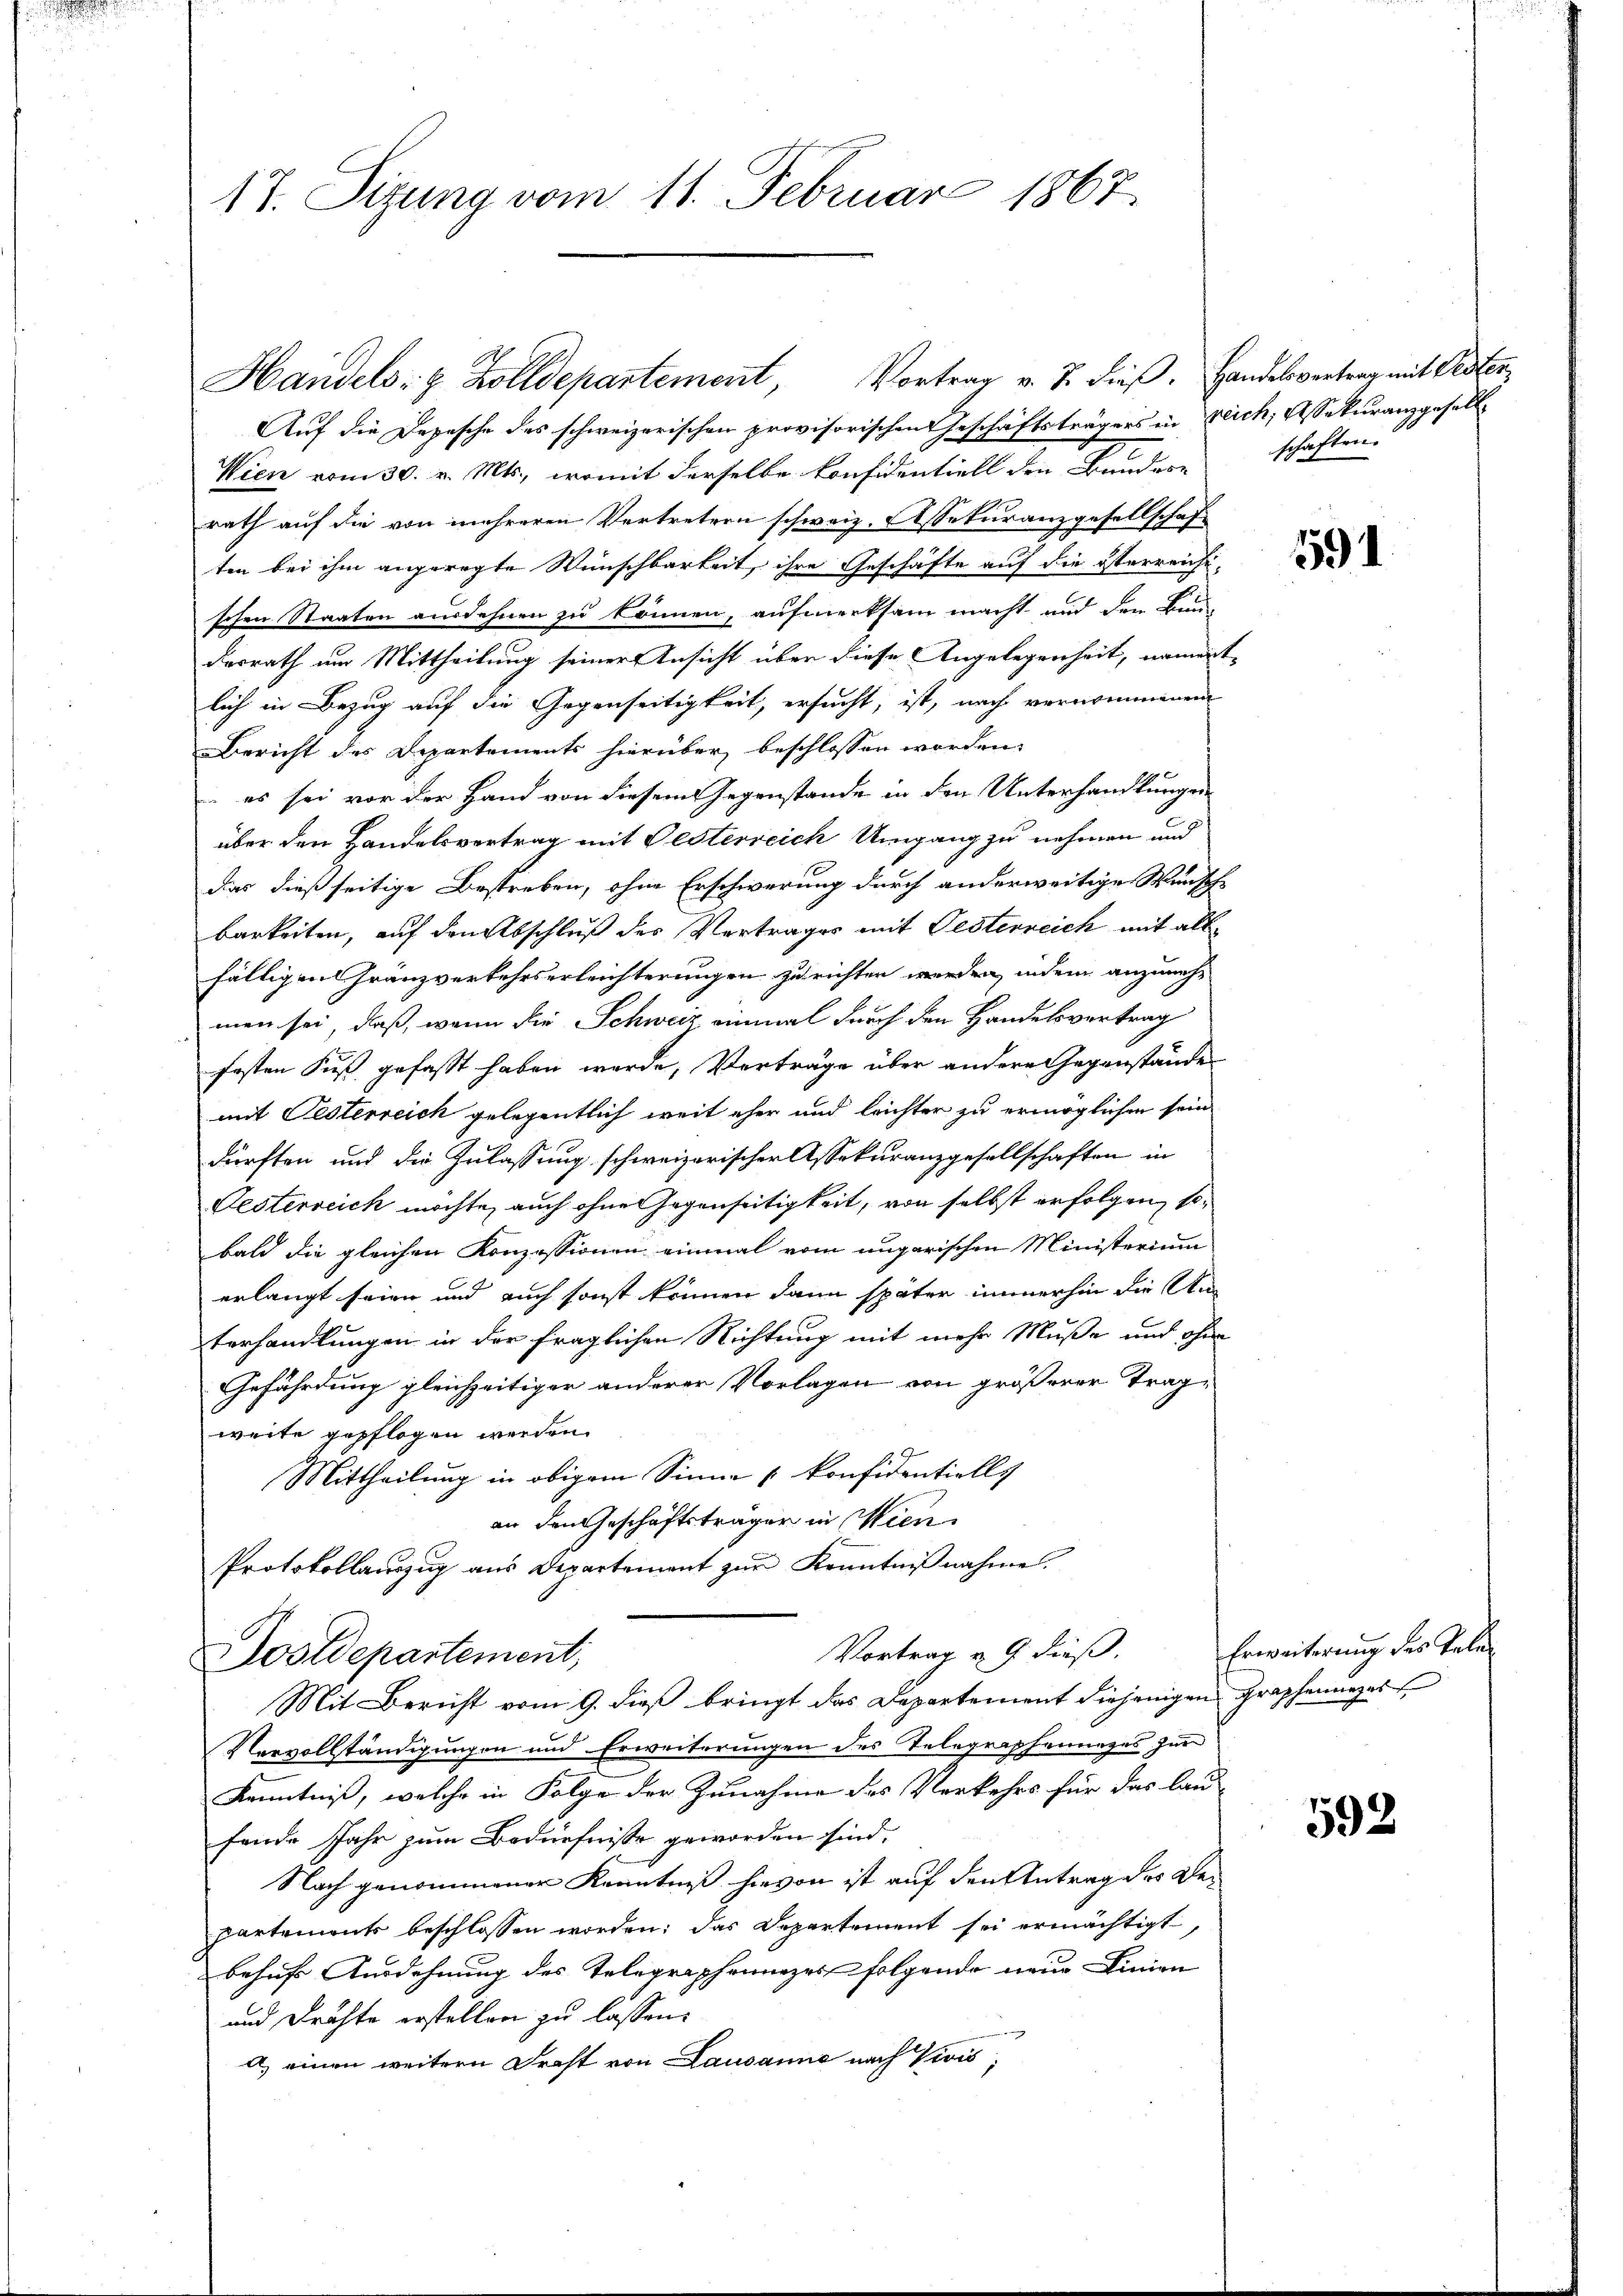
17. Sizung vom 11. Februar 1867.

Auf die Depesche des schweizerischen provisorischen Geschäftsträgers in reich, Rekuranzgesell¬
Wien vom 30. v. Mts., womit derselbe konfidentiell den Bundern
rath auf die von mehreren Vertretern schweiz. Assekuranzgesellschaft
ten bei ihm angeregte Wünschbarkeit, ihre Geschäfte auf die österreichi-
schen Staaten ausdehnen zu können, aufmerksam macht und den Bun-
desrath um Mittheilung seiner Ansicht über diese Angelegenheit, nament-
lich in Bezug auf die Gegenseitigkeit, ersucht, ist, nach vernommenen
Bericht des Departements hierüber beschlossen worden.
 es sei vor der Hand von diesem Gegenstände in den Unterhandlungen
über den Handelsvertrag mit Gesterreich Umgang zu nehmen und
das dießseitige Bestreben, ohne Erschwerung durch anderweitige Wunsch
barkeiten, auf den Abschluß des Vertrages mit Gesterreich mit allfälligen Granzverkehrserleichterungen zu richten werden, indem anzunehmen sei, daß, wenn die Schweiz einmal durch den Handelsvertrag
festen Fuß gefasst haben wurde, Verträge über andere Gegenstände
mit Festerreich gelegentlich weit eher und leichter zu ermöglichen sein
dürften und die Zulassung schweizerischer Assekuranzgesellschaften in
Festerreich möchte, auch ohne Gegenseitigkeit, von selbst erfolgen, sobald die gleichen Konzessionen einmal vom ungarischen Ministerium
erlangt seien und auch sonst können dann später immerhin die Unterhandlungen in der fraglichen Richtung mit mehr Muße und ohne
Gefährdung gleichzeitiger anderer Vorlagen von größerer Tragweite gepflogen werden.
Mittheilung in obigem Sinne konfidentiell
an den Geschäftsträger in Wien.
Protokollaŭszŭg aŭs Departement zŭr Kenntniβnahme.
Vortrag u. 9. dieß.
Postdepartement,
Mit Bericht vom 9. dieß bringt das Departement diejenigen Graphennages
Vervollständigungen und Erweiterungen des Telegraphenueges zur
Kenntniß, welche in Folge der Zunahme des Verkehrs für das lau-
fende Jahr zum Bedürfnisse geworden sind,
Nach genommener Kenntniß hievon ist auf den Antrag des Bepartements beschlossen worden; das Departement sei ermächtigt,
behufs Ausdehnung des Telegraphenizesfolgende neue Linien
und Drahte erstellen zu lassen:
a) einen weitern Draht von Lausanne nach Vivis;

Handels- & Zolldepartement, Vortrag v. J. dieβ. Handelsvertrag mit Oester,

schaften.

591

Erweiterung des Tele¬

592